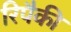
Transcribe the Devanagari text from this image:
रिपैकी